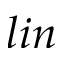
l i n